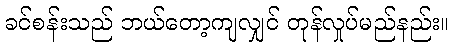
ခင်စန်းသည် ဘယ်တော့ကျလျှင် တုန်လှုပ်မည်နည်း။